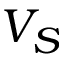
V _ { S }